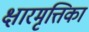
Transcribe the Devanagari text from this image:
क्षारमृत्तिका